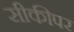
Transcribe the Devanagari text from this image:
सीकीपर